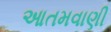
આતમવાણી